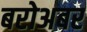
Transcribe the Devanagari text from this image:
बरोअबर